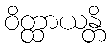
ဝိတ္ထာယန္တိ